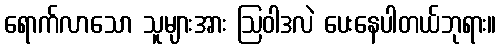
ရောက်လာသော သူများအား ဩဝါဒလဲ ပေးနေပါတယ်ဘုရား။